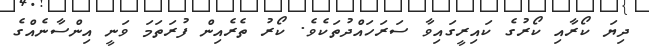
ދިޔަ ކޯރާއި ކޯރުގެ ކައިރީގައިވާ ސަރަހައްދުތަކެވެ. ކޯރު ތެރެއިން ފުރަތަމަ ވަނީ އިންސާނެއްގެ